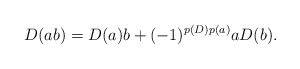
\begin{align*}D(ab)=D(a)b+(-1)^{p(D)p(a)}aD(b).\end{align*}